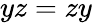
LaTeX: yz=zy